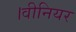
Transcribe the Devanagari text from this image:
।वीनियर